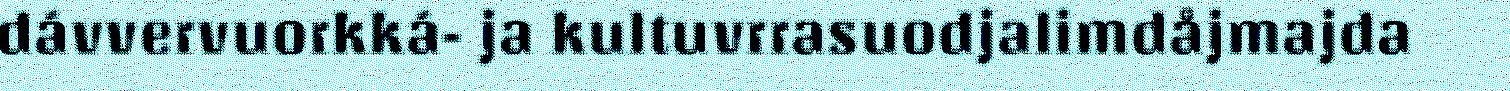
dávvervuorkká- ja kultuvrrasuodjalimdåjmajda